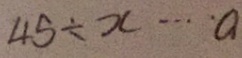
4 5 \div x \cdots a